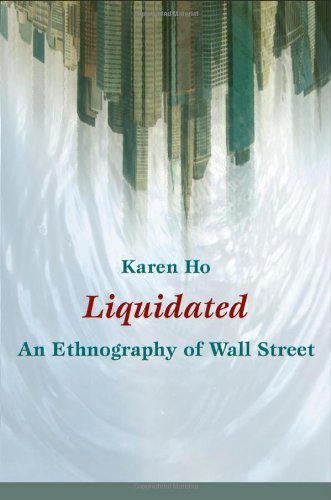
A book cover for Liquidated: An Ethnography of Wall Street (a John Hope Franklin Center Book); Karen Ho; Business & Money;